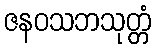
ဇနဝသဘသုတ္တံ